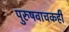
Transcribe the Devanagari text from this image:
पुरुषवाचकही